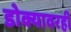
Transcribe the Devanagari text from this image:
डोक्यावरही